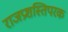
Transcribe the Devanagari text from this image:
राजप्रशस्तिपरक